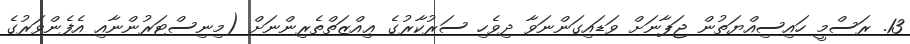
13. ރަސްމީ ހައިސިއްޔަތުން ޖަޕާނަށް ވަޑައިގަންނަވާ ދިވެހި ސަރުކާރުގެ ޢިއްޒަތްތެރިންނަށް (މިނިސްޓަރުންނާއި އެފެންވަރުގެ